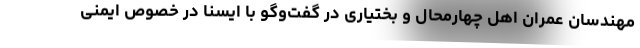
مهندسان عمران اهل چهارمحال و بختیاری در گفت‌وگو با ایسنا در خصوص ایمنی